Annual report on the lock hospitals of the Madras Presidency
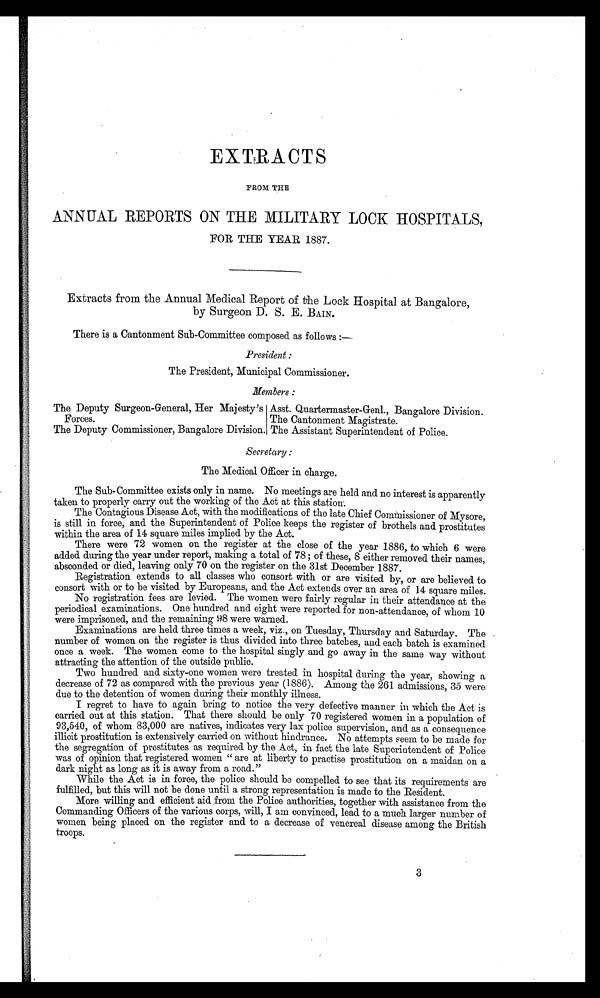
EXTRACTS
FROM THE
ANNUAL REPORTS ON THE MILITARY LOCK HOSPITALS,
FOR THE YEAR 1887.
Extracts from the Annual Medical Report of the Lock Hospital at Bangalore,
by Surgeon D. S. E. BAIN.
There is a Cantonment Sub-Committee composed as follows :—
President :
The President, Municipal Commissioner.
Members :
The Deputy Surgeon-General, Her Majesty's
Forces.
Asst. Quartermaster-Genl., Bangalore Division.
The Cantonment Magistrate.
The Deputy Commissioner, Bangalore Division. The Assistant Superintendent of Police.
Secretary :
The Medical Officer in charge.
The Sub-Committee exists only in name. No meetings are held and no interest is apparently
taken to properly carry out the working of the Act at this station:
The Contagious Disease Act, with the modifications of the late Chief Commissioner of Mysore,
is still in force, and the Superintendent of Police keeps the register of brothels and prostitutes
within the area of 14 square miles implied by the Act.
There were 72 women on the register at the close of the year 1886, to which 6 were
added during the year under report, making a total of 78; of these, 8 either removed their names,
absconded or died, leaving only 70 on the register on the 31st December 1887.
Registration extends to all classes who consort with or are visited by, or are believed to
consort with or to be visited by Europeans, and the Act extends over an area of 14 square miles.
No registration fees are levied. The women were fairly regular in their attendance at the
periodical examinations. One hundred and eight were reported for non-attendance, of whom 10
were imprisoned, and the remaining 98 were warned.
Examinations are held three times a week, viz., on Tuesday, Thursday and Saturday. The
number of women on the register is thus divided into three batches, and each batch is examined
once a week. The women come to the hospital singly and go away in the same way without
attracting the attention of the outside public.
Two hundred and sixty-one women were treated in hospital during the year, showing a
decrease of 72 as compared with the previous year (1886). Among the 261 admissions, 35 were
due to the detention of women during their monthly illness.
I regret to have to again bring to notice the very defective manner in which the Act is
carried out at this station. That there should be only 70 registered women in a population of
93,540, of whom 83,000 are natives, indicates very lax police supervision, and as a consequence
illicit prostitution is extensively carried on without hindrance. No attempts seem to be made for
the segregation of prostitutes as required by the Act, in fact the late Superintendent of Police
was of opinion that registered women "are at liberty to practise prostitution on a maidan on a
dark night as long as it is away from a road."
While the Act is in force, the police should be compelled to see that its requirements are
fulfilled, but this will not be done until a strong representation is made to the Resident.
More willing and efficient aid from the Police authorities, together with assistance from the
Commanding Officers of the various corps, will,I am convinced, lead to a much larger number of
women being placed on the register and to a decrease of venereal disease among the British
troops.
3